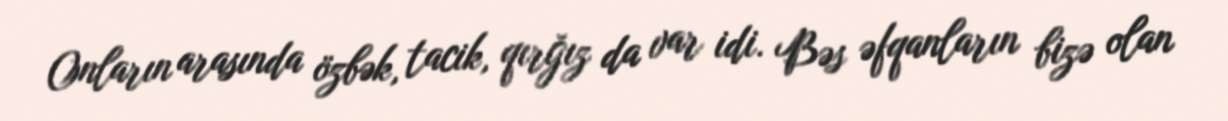
Onların arasında özbək, tacik, qırğız da var idi. Bəs əfqanların bizə olan